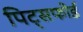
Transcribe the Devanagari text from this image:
पिट्सफोर्ड